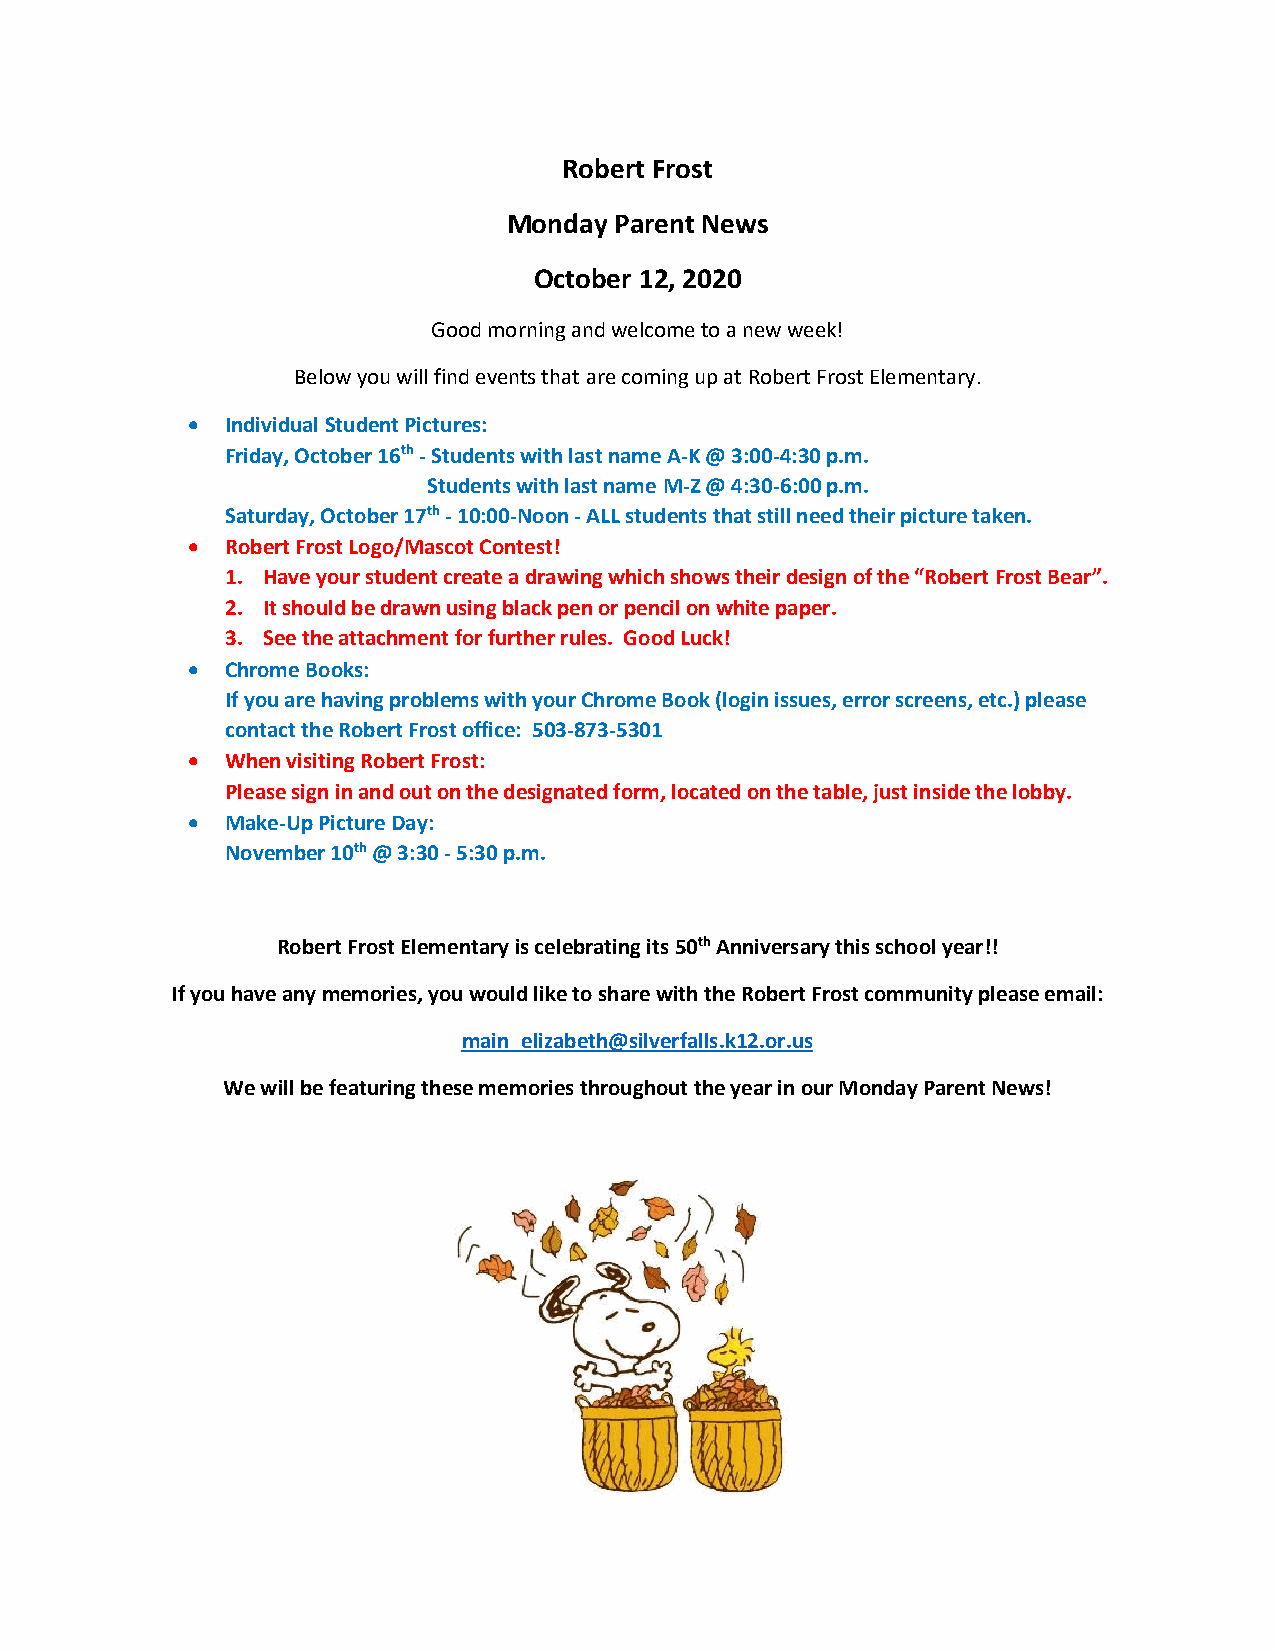
Robert Frost
 Monday Parent News
 October 12, 2020
 Good morning and welcome to a new week!
 Below you will find events that are coming up at Robert Frost Elementary.
 •  Individual Student Pictures:
 Friday, October 16th - Students with last name A-K @ 3:00-4:30 p.m.
 Students with last name M-Z @ 4:30-6:00 p.m.
 Saturday, October 17th - 10:00-Noon - ALL students that still need their picture taken.
 •  Robert Frost Logo/Mascot Contest!
 1. Have your student create a drawing which shows their design of the “Robert Frost Bear”.
 2. It should be drawn using black pen or pencil on white paper.
 3. See the attachment for further rules. Good Luck!
 •  Chrome Books:
 If you are having problems with your Chrome Book (login issues, error screens, etc.) please
 contact the Robert Frost office: 503-873-5301
 •  When visiting Robert Frost:
 Please sign in and out on the designated form, located on the table, just inside the lobby.
 •  Make-Up Picture Day:
 November 10th @ 3:30 - 5:30 p.m.
 Robert Frost Elementary is celebrating its 50th Anniversary this school year!!
 If you have any memories, you would like to share with the Robert Frost community please email:
 main_elizabeth@silverfalls.k12.or.us
 We will be featuring these memories throughout the year in our Monday Parent News!